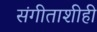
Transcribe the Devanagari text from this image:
संगीताशीही